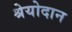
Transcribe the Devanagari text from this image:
श्रेयोदान